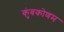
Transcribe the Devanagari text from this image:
कुंबकोणम